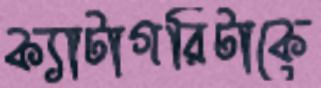
ক্যাটাগরিটাকে